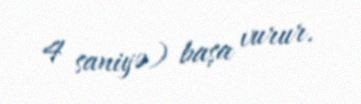
4 saniyə) başa vurur.